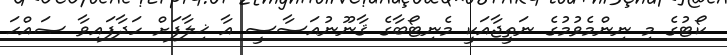
ކޯޓުގެ މި ނިންމެވުމުގެ ނަތީޖާއަކީ މެނިޓޯބާގެ ޤާނޫނުއަސާސީ އާ ޚިލާފަށް ހަދާފައިވާ ޞައްޙަ